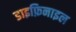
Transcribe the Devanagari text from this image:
डाइफ़िनाइल